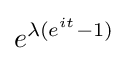
e^{\lambda (e^{it}-1)}